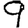
Digit: 9